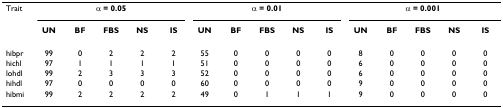
| Trait | <COLSPAN=5> α = 0.05 | <COLSPAN=5> α = 0.01 | <COLSPAN=5> α = 0.001 |
 |  | UN | BF | FBS | NS | IS | UN | BF | FBS | NS | IS | UN | BF | FBS | NS | IS |
 | --- | --- | --- | --- | --- | --- | --- | --- | --- | --- | --- | --- | --- | --- | --- | --- |
 | hibpr | 99 | 0 | 2 | 2 | 2 | 55 | 0 | 0 | 0 | 0 | 8 | 0 | 0 | 0 | 0 |
 | hichl | 97 | 1 | 1 | 1 | 1 | 51 | 0 | 0 | 0 | 0 | 6 | 0 | 0 | 0 | 0 |
 | lohdl | 99 | 2 | 3 | 3 | 3 | 52 | 0 | 0 | 0 | 0 | 6 | 0 | 0 | 0 | 0 |
 | hihdl | 97 | 0 | 0 | 0 | 0 | 60 | 0 | 0 | 0 | 0 | 9 | 0 | 0 | 0 | 0 |
 | hibmi | 99 | 2 | 2 | 2 | 2 | 49 | 0 | 1 | 1 | 1 | 9 | 0 | 0 | 0 | 0 |